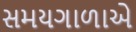
સમયગાળાએ